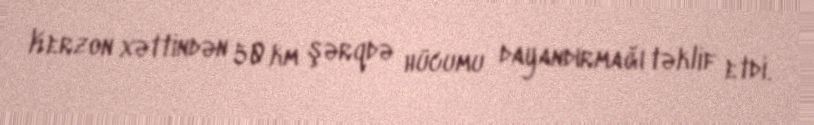
Kerzon xəttindən 50 km şərqdə hücumu dayandırmağı təklif etdi.